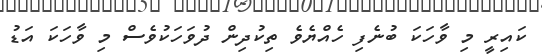
ކައިރީ މި ވާހަކަ ބުނެފި ހެއްޔެވެ ތިކުދިން ދުވަހަކުވެސް މި ވާހަކަ އަޑު